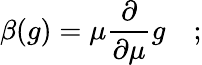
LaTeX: \beta(g)=\mu{\frac{\partial}{\partial\mu}}g\quad;